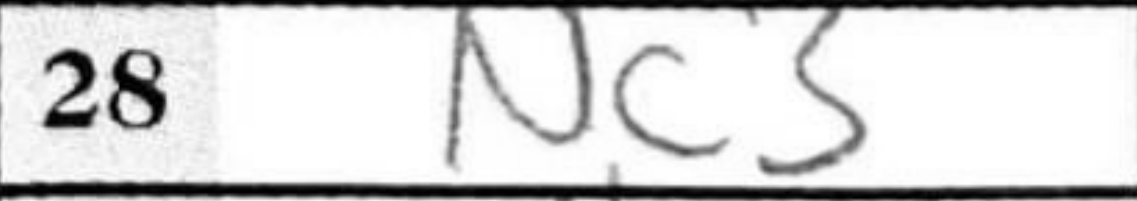
Transcription: Nc3